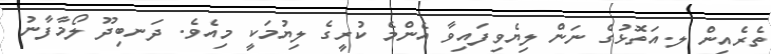
ތެރެއިން ލ.އަތޮޅުގެ ނަން ލިޔެވިފައިވާ އެންމެ ކުރީގެ ލިޔުމަކީ މިއެވެ. ދަނބިދޫ ލޯމާފާނު